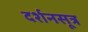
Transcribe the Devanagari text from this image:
दर्शनसूत्र